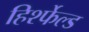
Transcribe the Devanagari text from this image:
हिर्श्फेल्ड